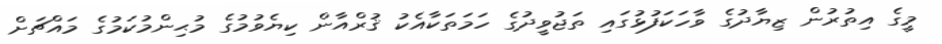
މީގެ އިތުރުން ޒިޔާދުގެ ވާހަކަފުޅުގައި ތަޖުވީދުގެ ހަމަތަކާއެކު ޤުރްއާން ކިޔެވުމުގެ މުޙިންމުކަމުގެ މައްޗަށް